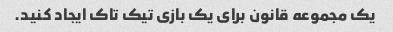
یک مجموعه قانون برای یک بازی تیک تاک ایجاد کنید.